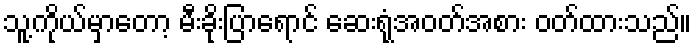
သူ့ကိုယ်မှာတော့ မီးခိုးပြာရောင် ဆေးရုံအဝတ်အစား ဝတ်ထားသည်။